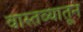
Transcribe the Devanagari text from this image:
वास्तव्यातून